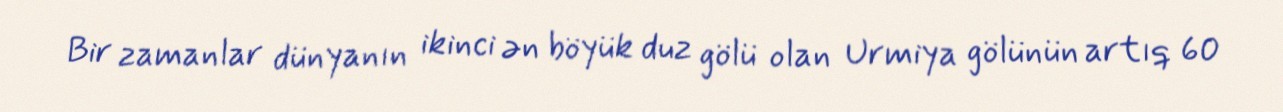
Bir zamanlar dünyanın ikinci ən böyük duz gölü olan Urmiya gölünün artıq 60